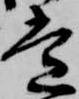
常